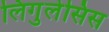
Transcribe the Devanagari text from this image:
लिगुलेसिस